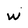
Character: w